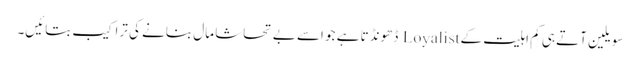
سویلین آتے ہی کم اہلیت کے Loyalist ڈھونڈتا ہے جو اسے بے تحاشا مال بنانے کی تراکیب بتائیں۔